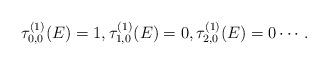
LaTeX: \begin{align*} \tau^{(1)}_{0,0} (E)=1, \tau^{(1)}_{1,0} (E)=0, \tau^{(1)}_{2,0} (E)=0 \cdots. \end{align*}